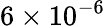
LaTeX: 6\times 10^{-6}